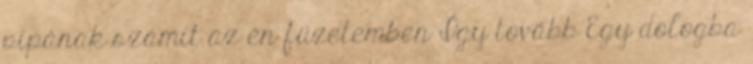
pipának számít az én füzetemben Így tovább Egy dologba